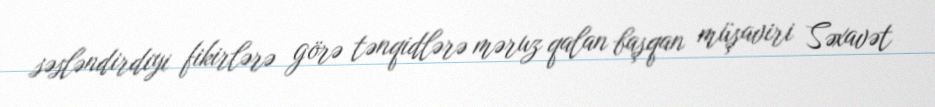
səsləndirdiyi fikirlərə görə tənqidlərə məruz qalan başqan müşaviri Səxavət